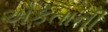
એકતાની